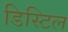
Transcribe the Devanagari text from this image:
डिस्टिल